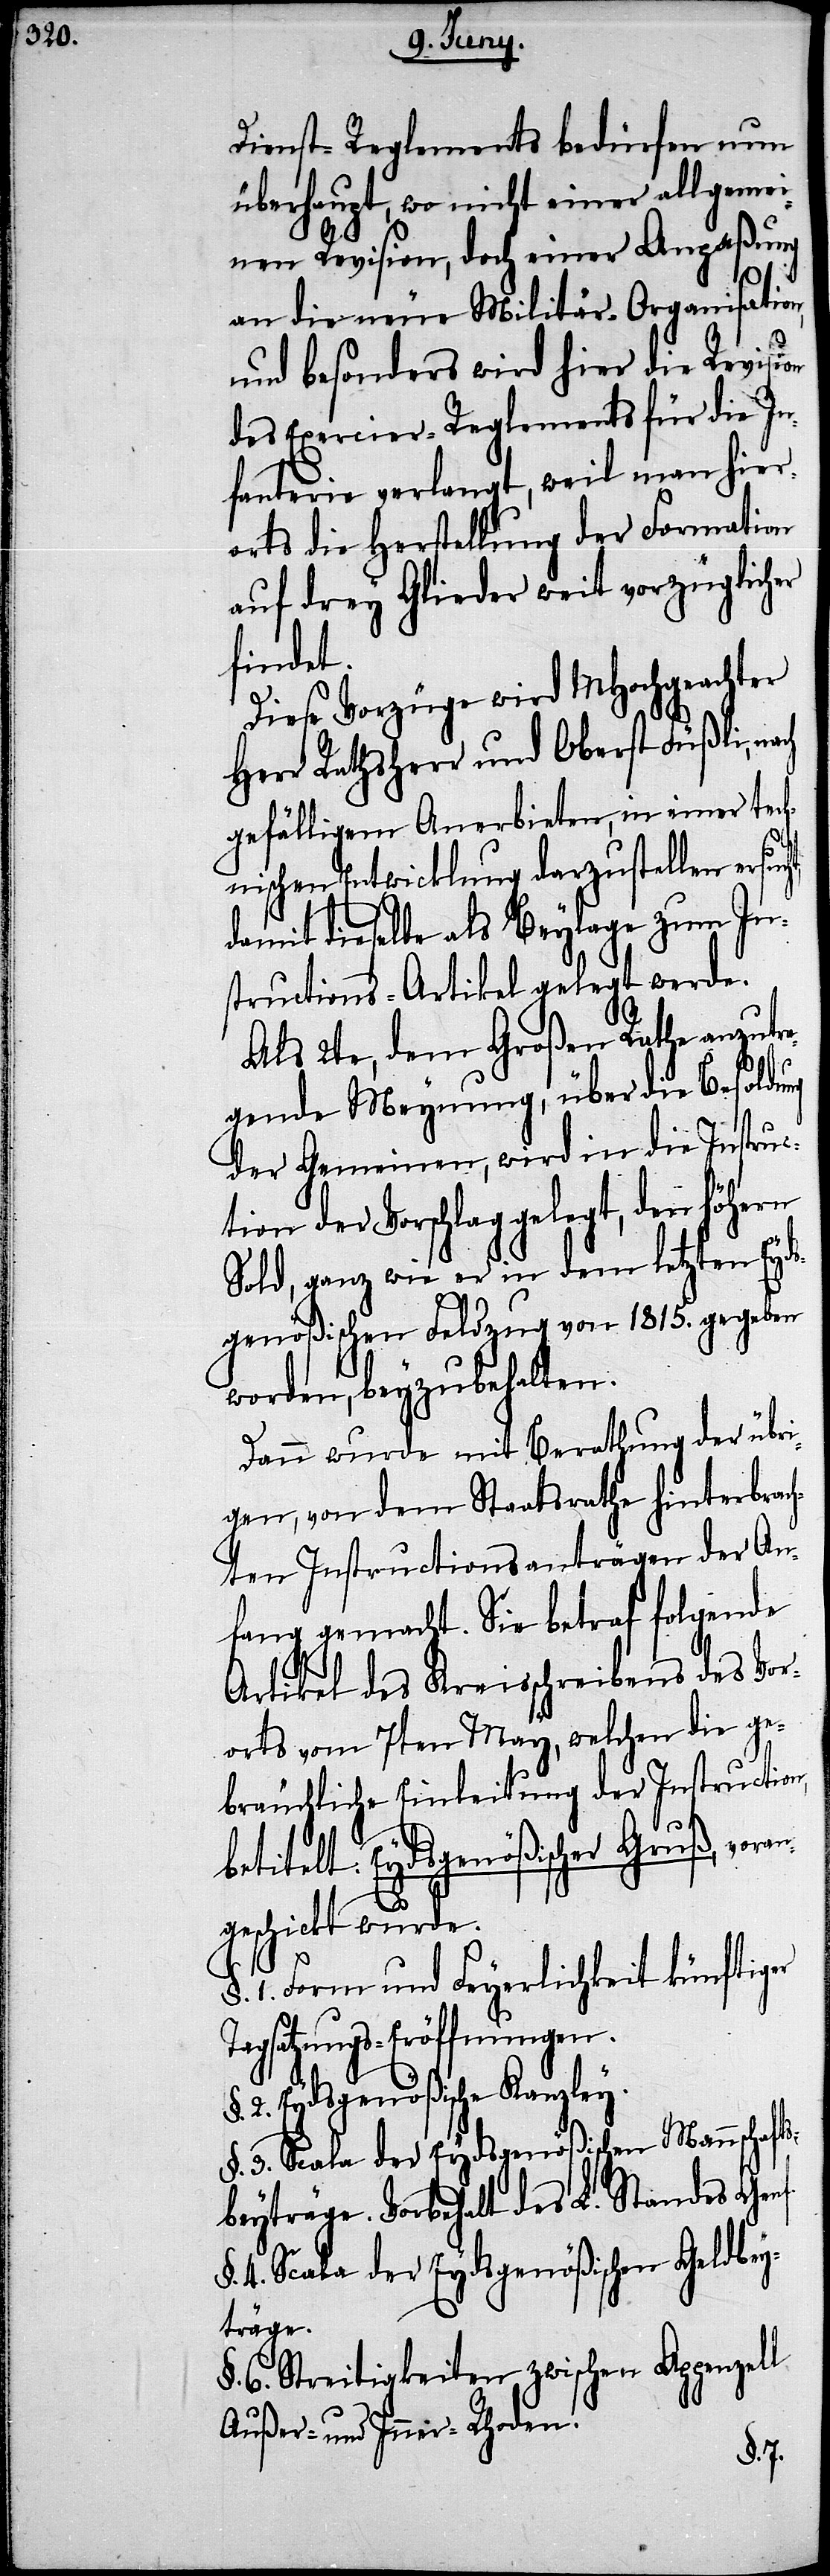
Dienst-Reglements bedürfen nun
überhaupt, wo nicht einer allgemei¬
nen Revision, doch einer Anpaßung
ht,
an die neue Militär-Organisation,
und besonders wird hier die Revision
des Exercier-Reglements für die In¬
fanterie verlangt, weil man hier¬
orts die Herstellung der Formation
auf drey Glieder weit vorzüglicher
findet.
Diese Vorzüge wird MHochgeachter
Herr Rathsherr und Oberst Füßli,
gefälligem Anerbieten, in einer tech¬
nischen Entwicklung darzustellen ersuc¬
damit dieselbe als Beylage zum In¬
structions-Artikel gelegt werde.
Als 2te, dem Großen Rathe anzutr¬
agende Meynung, über die Besoldung
der Gemeinen, wird in die Instruc¬
tion der Vorschlag gelegt, den höhern
Sold, ganz wie er in dem letzten Eyds¬
genößischen Feldzug von 1815. gegeben
worden, beyzubehalten.
Dann wurde mit Berathung der übri¬
gen, von dem Staatsrathe hinterbrac¬
hten Instructionsanträgen der An¬
fang gemacht. Sie betraf folgende
Artikel des Kreisschreibens des Vor¬
orts vom 7ten May, welchen die ge¬
bräuchliche Einleitung der Instruction,
betitelt: Eydsgenößischer Gruß, vora¬
ngeschickt wurde.
Form und Feyerlichkeit künftiger
Tagsatzungs-Eröffnungen.
Eydsgenößische Kanzley.
Scala der Eydsgenößischen Mannschaft¬
sbeyträge. Vorbehalt des L. Standes Genf.
Scala der Eydsgenößischen Geldbey¬
träge.
Streitigkeiten zwischen Appenzell
Außer- und Inner-Rhoden.
§. 6.